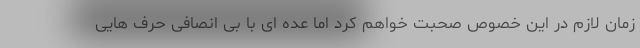
زمان لازم در این خصوص صحبت خواهم کرد اما عده ای با بی انصافی حرف هایی